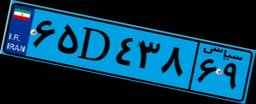
۸۶D۸۵۹۷۳